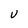
Character: U